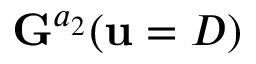
\mathbf { G } ^ { a _ { 2 } } ( \mathbf { u } = D )